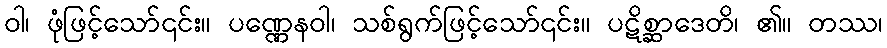
ဝါ၊ ဖုံဖြင့်သော်၎င်း။ ပဏ္ဏေနဝါ၊ သစ်ရွက်ဖြင့်သော်၎င်း။ ပဋိစ္ဆာဒေတိ၊ ၏။ တဿ၊